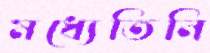
মধ্যেতিনি